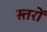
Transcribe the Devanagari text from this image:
स्त्तरों